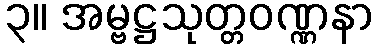
၃။ အမ္ဗဋ္ဌသုတ္တဝဏ္ဏနာ